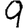
Digit: 9